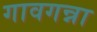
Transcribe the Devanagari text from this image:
गावगन्ना